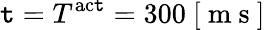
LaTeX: \mathtt{t}=T^{\mathrm{{ac\mathtt{t}}}}=300~[\mathrm{{~m~s~}}]